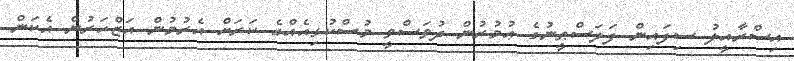
އިސްރާއީލު ސިފައިން ފަލަސްޠީނުގެ ޢުމުރުން ދުވަސްވީ މުސްކުޅިއެއްގެ ކަރަށް އެރުމުން އަޒްހަރުން އެކަން